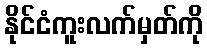
နိုင်ငံကူးလက်မှတ်ကို